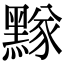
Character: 𪑫